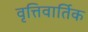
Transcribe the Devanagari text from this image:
वृत्तिवार्तिक